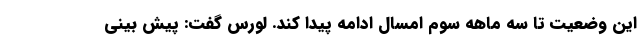
این وضعیت تا سه ماهه سوم امسال ادامه پیدا کند. لورس گفت: پیش بینی